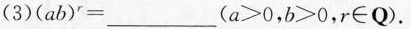
(3)$$( a b ) ^ { r } = ___$$($$a > 0$$，$$b > 0$$，r\in Q).